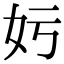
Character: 𡚯